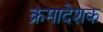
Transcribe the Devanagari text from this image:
क्रमादेशक